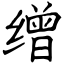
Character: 缯